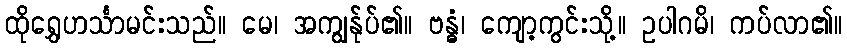
ထိုရွှေဟင်္သာမင်းသည်။ မေ၊ အကျွန်ုပ်၏။ ဗန္ဓံ၊ ကျော့ကွင်းသို့။ ဥပါဂမိ၊ ကပ်လာ၏။